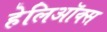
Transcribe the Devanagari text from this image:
हेलिऑक्स